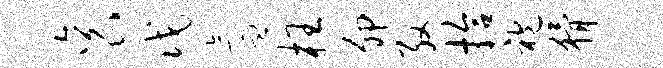
衮戊氲枉卯殷拾袍猾